Annual report on the working of the lock hospitals in the Central Provinces
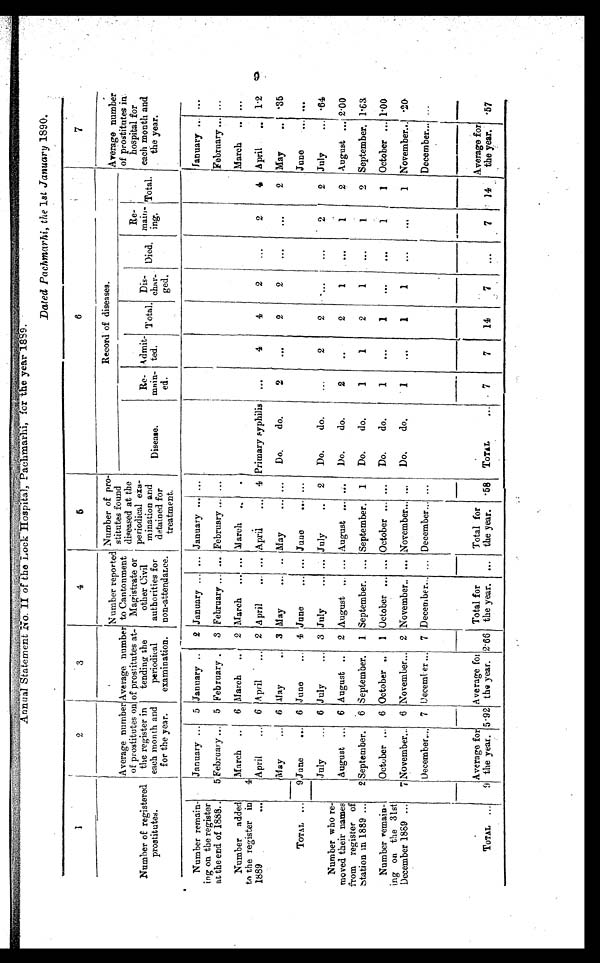
Annual Statement No. II of the Lock Hospital, Pachmarhi, for he
year 1889.
Dated Pachmarhi, the 1st January 1890.
1
2
3
4
5
6
7
N u m b e r o f r e g i s t e r e d
prostitutes.
Average number
of prostitutes on
the register in
each month and
for the year.
Average number
of prostitutes at-
tending the
periodical
examination.
Number reported
to Cantonment
Magistrate or
other Civil
authorities for
non-attendance.
Number of pro-
stitutes found
diseased at the
Periodical exa-
mination and
detained for
treatment.
Record of diseases.
Average number
of prostitutes i
n hospital for
each month and
the year.
Disease.
Re-
main-
ed.
Admit-
ted.
Total. Dis-
char-
ged.
Died.
Re-
main-
ing.
Total.
Number remain-
ing on the register
at the end of 1888.
January ... 5 January ..
2 January ... ... January ... ...
January .. ...
5 February ... 5 February .
3 February ... ... February ... ...
February ... ...
Number added
to the register in
1889...
4
March ..
6 March ..
2 March ... ... March ...
.
March .. ...
April...
6 April ...
2 April
... ... April
... 4 Primary syphilis ...
4
4
2
...
2
4 April
.. 1·2
May ...
6 May
..
3 May ...
. . . May ...
. . . Do. do.
2
...
2
2
...
...
2 May
.. ·35
TOTAL ...
9
June ... 6 June
... 4 June
... ... June ...
. . .
June ...
. . .
July
...
6 July
...
3 July
... ... July
..
2
Do.
do.
. . .
2
2
...
...
2
2 July
... ·64
Number who re-
moved their names
from register of
station in 1889 ...
August ...
6 August ..
2 August ... ... August ... ...
Do.
do.
2
..
2
1
...
1
2 August ... 2·00
2
6 September.
1 September. ... September.
1
Do.
do.
1
1
2
1
. . .
1
2 September. 1·63
September.
Number remain-
ing on the 31st
December 1889 ...
October ...
6 October ..
1 October ... ... October ... ...
Do.
do.
1
...
1
...
. . .
1
1
October ... 1·00
7 November...
6 November...
2 November..
. . . November... ...
Do.
do.
1
. . .
1
1
. . .
. . .
1
November... ·20
December.... 7 December ...
7 December... ... December... ...
December... ...
TOTAL
...
9
Average for
the year. 5·92
Average
f o r
the year. 2·66
Total for
the year. ...
Total for
the year.
· 5 8
TOTAL
...
7
7
14
7
. . .
7 ·14
Average for
the year.
·57